Vaccination in the Punjab 1867-1880 - 1867-1880
Year: 1867
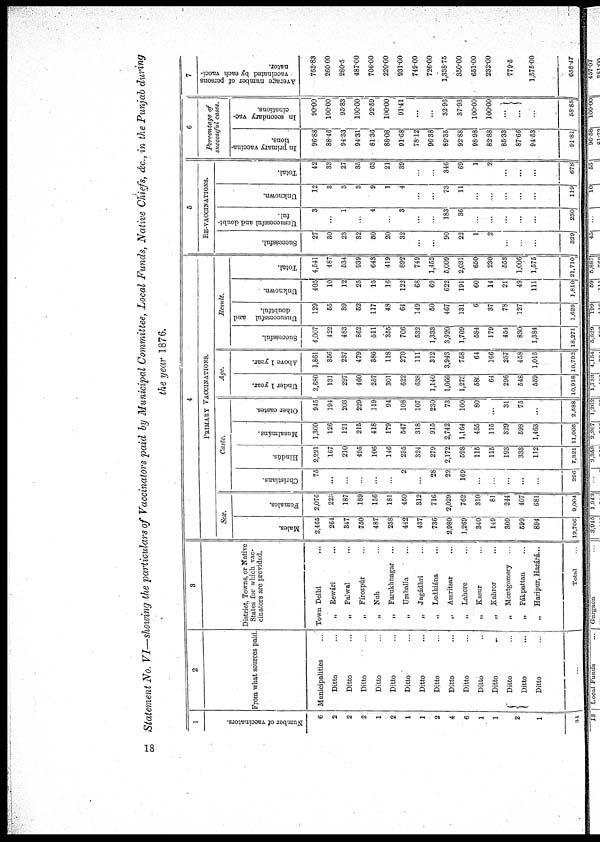
Statement No. VI—showing the particulars of Vaccinators paid by Municipal Committee, Local Funds, Native Chiefs, &c., in the Punjab during
the year 1876.
1
Number of vaccinators.
6
2
2
2
1
2
1
1
2
4
6
1
1
2
1
34
2
From what sources paid
Municipalities ...
Ditto ...
Ditto ...
Ditto ...
Ditto ...
Ditto ...
Ditto ...
Ditto ...
Ditto ...
Ditto ...
Ditto ...
Ditto ...
Ditto ...
Ditto ...
Ditto ...
Ditto ...
...
3
District, Towns, or Native
States for which vac-
cinators are provided.
Town Delhi ...
„ Rewári ...
„ Palwal ...
„ Fírozpúr ...
„ Nuh ...
„ Farukhnagar ...
„ Umballa ...
„ Jagádhri ...
„ Ludhiána ...
„ Amritsar ...
„ Lahore ...
„ Kasur ...
„ Kahror ...
„ Montgomery ...
„ Pákpattan ...
„ Haripur, Hazárá...
Total ...
4
PRIMARY VACCINATIONS.
Sex.
Males.
2,465
264
347
750
487
238
442
437
736
2,980
1,269
340
149
309
599
894
12,706
Females.
2,076
22
187
189
156
181
450
312
716
2,029
762
310
81
244
407
681
9,004
Caste.
Christians.
75
...
...
...
...
...
2
...
28
22
169
...
...
...
...
296
Hindús.
2,221
167
210
495
106
146
235
324
279
2,172
598
115
115
193
333
112
7,821
Musalmúns.
1,300
126
121
215
418
179
547
318
915
2,742
1,164
455
115
329
598
1,463
11,005
Other castes.
945
194
203
229
119
94
108
107
230
73
100
80
...
31
75
...
2,588
Age.
Under 1 year.
2,680
131
297
460
257
301
622
638
1,140
1,066
1,273
580
64
296
548
559
10,918
Above 1 year.
1,861
356
237
479
386
118
270
111
312
3,943
758
64
166
257
458
1,016
10,792
Result.
Successful.
4,007
422
483
862
511
355
706
532
1,333
3,920
1,709
584
179
454
830
1,384
18,271
Unsuccessful
and
doubtful.
129
55
39
52
117
48
64
149
50
467
131
6
37
78
127
...
1,629
Unknown
405
10
12
25
15
16
122
68
69
622
191
60
14
21
49
111
1,810
Total.
4,541
487
534
939
643
419
892
749
1,452
5,009
2,031
650
230
553
1,006
1,575
21,710
5
RE-VACCINATIONS.
Successful.
27
30
23
32
50
20
32
...
...
90
22
1
2
...
...
...
329
Unsuccessful and doubt-
ful.
3
...
1
...
4
...
3
...
...
183
36
...
...
...
...
...
230
Unknown.
12
3
3
3
9
1
4
...
...
73
11
...
...
...
...
...
119
Total.
42
33
27
35
63
21
39
...
...
346
69
1
2
...
...
...
678
6
Parentage of
successful cases.
In primary vaccina-
tions.
96.88
88.46
94.33
94.31
81.36
88.08
91.68
78.12
96.38
89.35
92.88
98.98
82.88
85.33
87.66
94.53
91.81
In secondary vac-
cinations.
90.00
100.00
95.83
100.00
92.59
100.00
91.41
...
...
32.96
37.93
100.00
100.00
...
...
...
58.85
7
Average number of persons
vaccinated by each vacci¬
nator.
763.83
260.00
280.5
487.00
706.00
220.00
931.00
749.00
726.00
1,338.75
3500.0
651.00
232.00
779.5
1,575.00
558.47
18